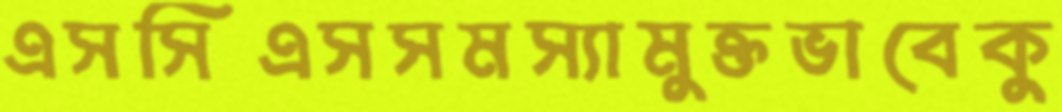
এসসিএসসমস্যামুক্তভাবেকু